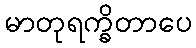
မာတုရက္ခိတာပေ